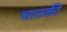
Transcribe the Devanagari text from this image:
चातकी